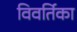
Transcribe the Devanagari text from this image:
विवर्तिका